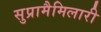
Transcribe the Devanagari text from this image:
सुप्रामैमिलारी